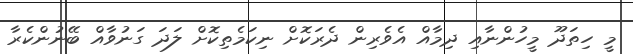
މީ ހިތަދޫ މީހުންނާއި ދިމާއް އެވެރިން ދެރަކޮށް ނިކަމެތިކޮށް ލަދަ ގަނުވާއް ބޭނުންކެރާ